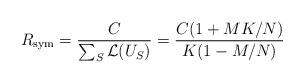
LaTeX: \begin{align*} R_{\mathrm{sym}} = \frac{C}{\sum_S \mathcal{L}(U_S)} = \frac{C (1 + MK/N)}{K (1 - M/N)} \end{align*}